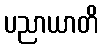
ပညာယာတိ